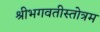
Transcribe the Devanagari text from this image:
श्रीभगवतीस्तोत्रम